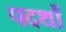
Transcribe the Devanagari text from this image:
पदर्थों